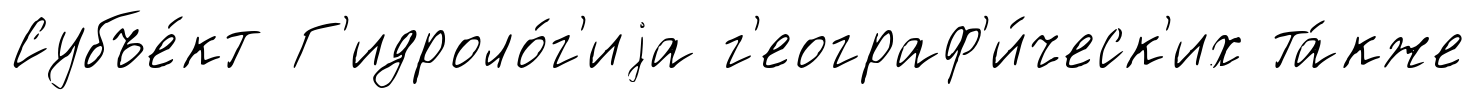
Субъе́кт Г'идроло́г'иjа г'еограф'и́ческ'их та́кже